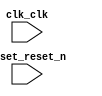

module multicore_system (
	clk_clk,
	reset_reset_n);	

	input		clk_clk;
	input		reset_reset_n;
endmodule